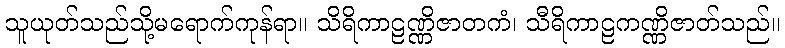
သူယုတ်သည်သို့မရောက်ကုန်ရာ။ သိရိကာဠဏ္ဏိဇာတကံ၊ သီရိကာဠကဏ္ဏိဇာတ်သည်။